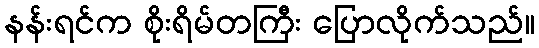
နန်းရင်က စိုးရိမ်တကြီး ပြောလိုက်သည်။